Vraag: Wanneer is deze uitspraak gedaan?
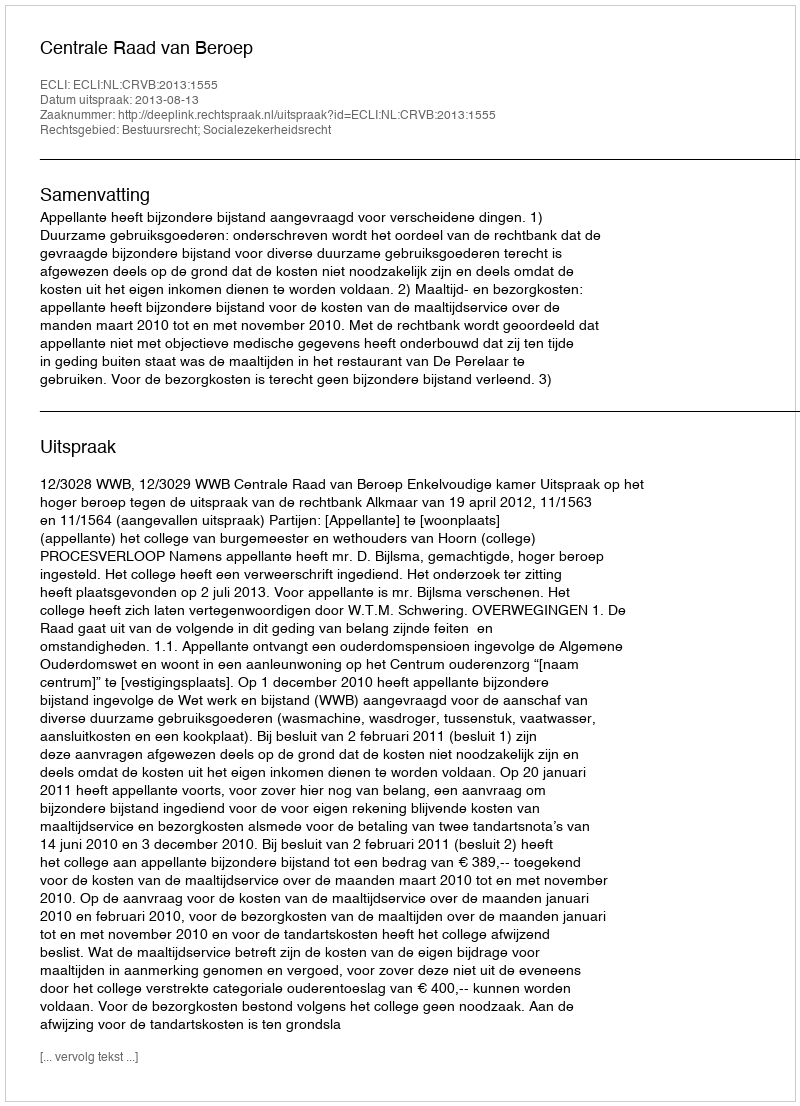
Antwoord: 2013-08-13